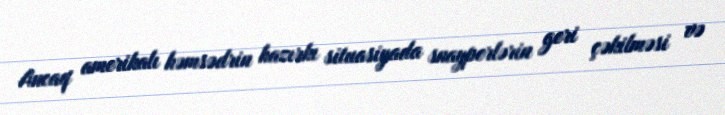
Ancaq amerikalı həmsədrin hazırkı situasiyada snayperlərin geri çəkilməsi və